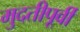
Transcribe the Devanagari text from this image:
मुदतीपूर्वी